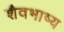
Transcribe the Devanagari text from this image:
शैवभाष्य